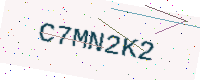
Text: C7MN2K2